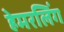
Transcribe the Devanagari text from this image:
हेमरलिंग